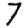
Digit: 7